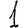
Digit: 1